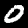
Label: 0